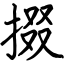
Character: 掇